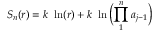
S _ { n } ( r ) = k \ \ln ( r ) + k \ \ln \Big ( { \prod _ { 1 } ^ { n } a _ { j - 1 } } \Big )